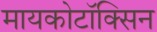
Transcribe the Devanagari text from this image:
मायकोटॉक्सिन